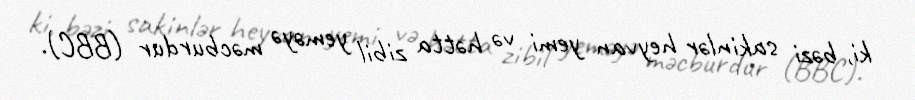
ki, bəzi sakinlər heyvan yemi və hətta zibil yeməyə məcburdur (BBC).